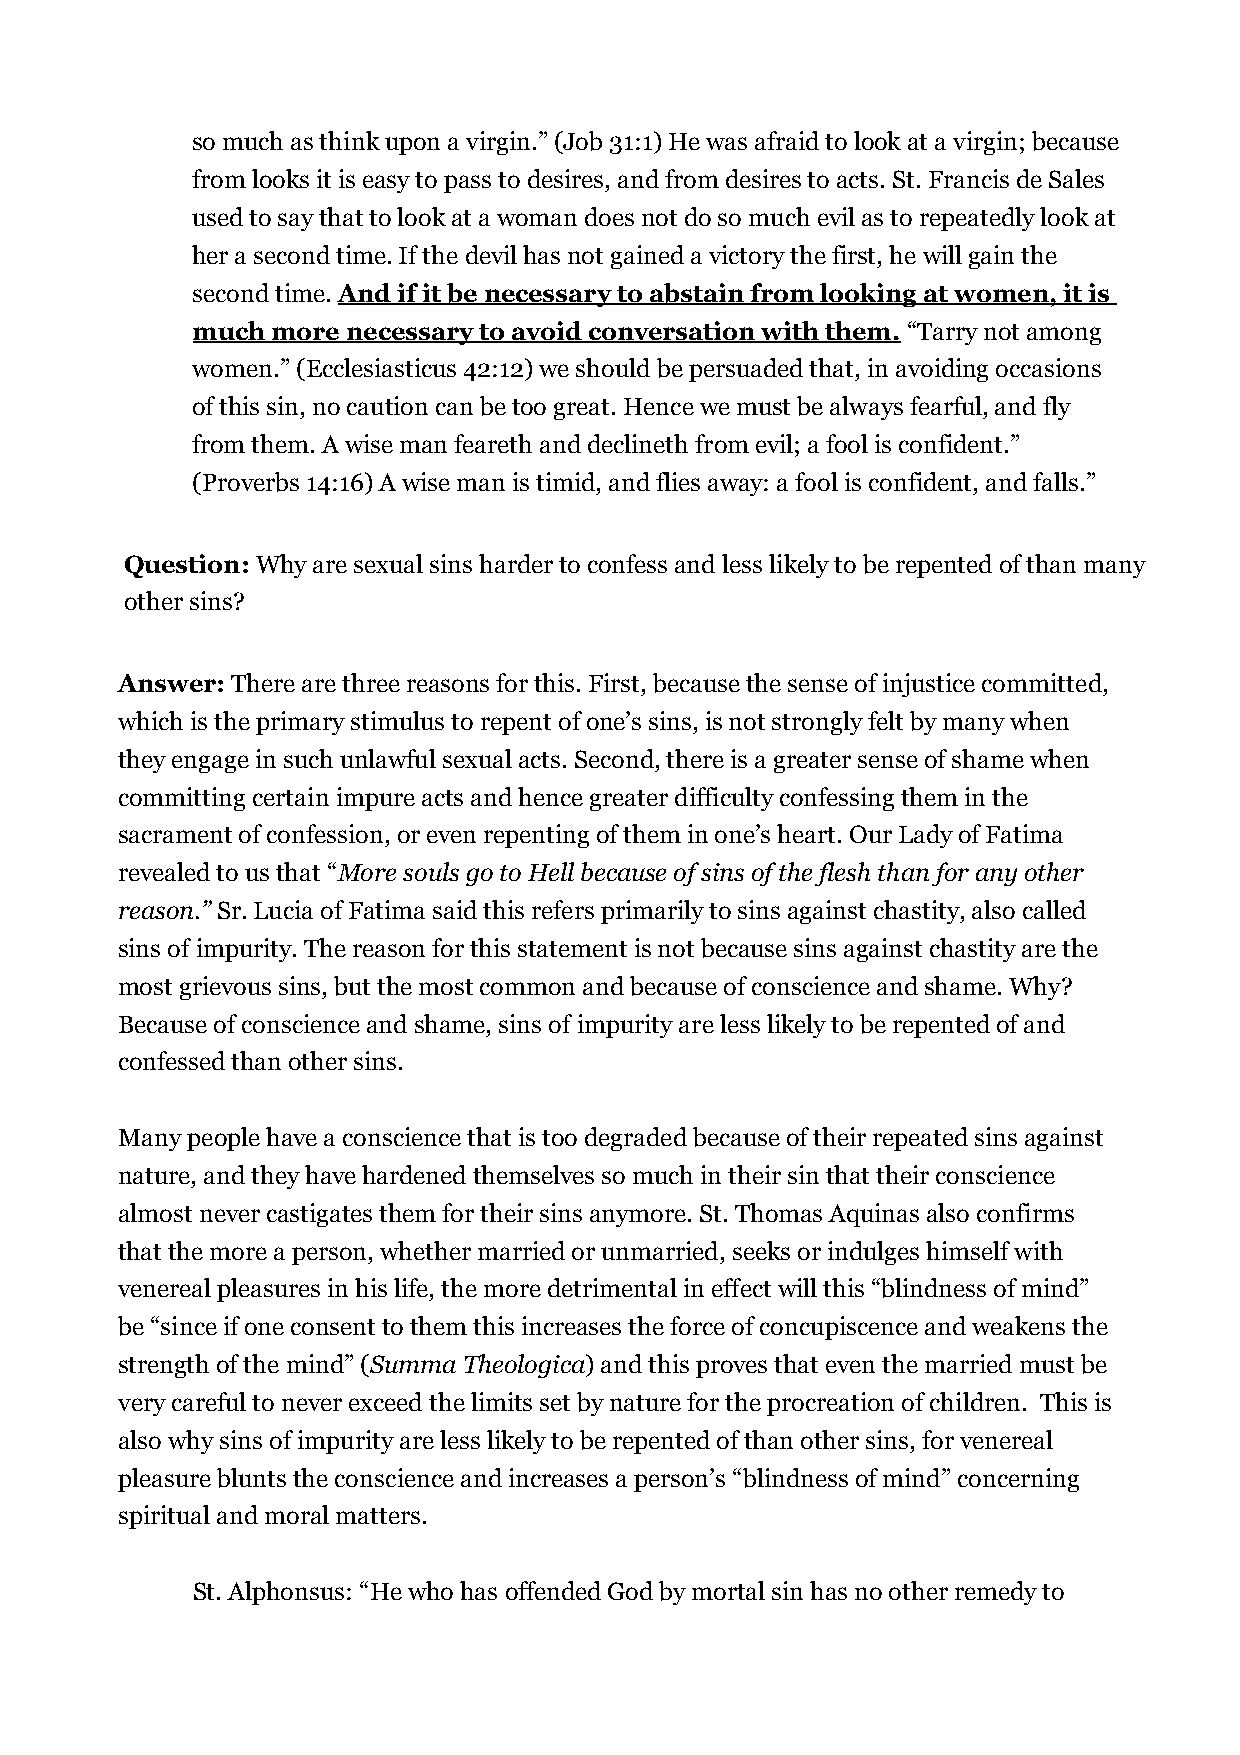
so much as think upon a virgin.” (Job 31:1) He was afraid to look at a virgin; because
 from looks it is easy to pass to desires, and from desires to acts. St. Francis de Sales
 used to say that to look at a woman does not do so much evil as to repeatedly look at
 her a second time. If the devil has not gained a victory the first, he will gain the
 second time. And if it be necessary to abstain from looking at women, it is
 much more necessary to avoid conversation with them. “Tarry not among
 women.” (Ecclesiasticus 42:12) we should be persuaded that, in avoiding occasions
 of this sin, no caution can be too great. Hence we must be always fearful, and fly
 from them. A wise man feareth and declineth from evil; a fool is confident.”
 (Proverbs 14:16) A wise man is timid, and flies away: a fool is confident, and falls.”
 Question: Why are sexual sins harder to confess and less likely to be repented of than many
 other sins?
 Answer: There are three reasons for this. First, because the sense of injustice committed,
 which is the primary stimulus to repent of one’s sins, is not strongly felt by many when
 they engage in such unlawful sexual acts. Second, there is a greater sense of shame when
 committing certain impure acts and hence greater difficulty confessing them in the
 sacrament of confession, or even repenting of them in one’s heart. Our Lady of Fatima
 revealed to us that “More souls go to Hell because of sins of the flesh than for any other
 reason.” Sr. Lucia of Fatima said this refers primarily to sins against chastity, also called
 sins of impurity. The reason for this statement is not because sins against chastity are the
 most grievous sins, but the most common and because of conscience and shame. Why?
 Because of conscience and shame, sins of impurity are less likely to be repented of and
 confessed than other sins.
 Many people have a conscience that is too degraded because of their repeated sins against
 nature, and they have hardened themselves so much in their sin that their conscience
 almost never castigates them for their sins anymore. St. Thomas Aquinas also confirms
 that the more a person, whether married or unmarried, seeks or indulges himself with
 venereal pleasures in his life, the more detrimental in effect will this “blindness of mind”
 be “since if one consent to them this increases the force of concupiscence and weakens the
 strength of the mind” (Summa Theologica) and this proves that even the married must be
 very careful to never exceed the limits set by nature for the procreation of children. This is
 also why sins of impurity are less likely to be repented of than other sins, for venereal
 pleasure blunts the conscience and increases a person’s “blindness of mind” concerning
 spiritual and moral matters.
 St. Alphonsus: “He who has offended God by mortal sin has no other remedy to